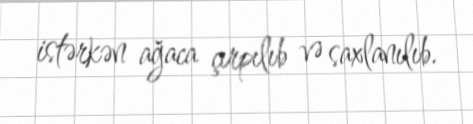
istərkən ağaca çırpılıb və saxlanılıb.